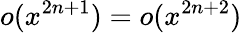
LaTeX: o(x^{2n+1})=o(x^{2n+2})